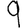
Digit: 9